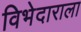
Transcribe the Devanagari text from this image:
विभेदाराला